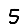
Digit: 5